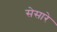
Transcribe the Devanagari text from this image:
सेसारे